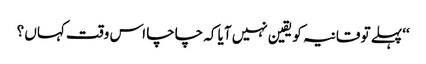
‘‘پہلے تو قانیہ کو یقین نہیں آیا کہ چاچا اس وقت کہاں ؟